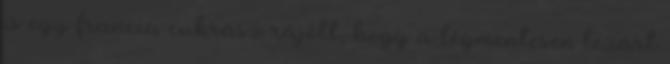
is egy francia cukrász rájött, hogy a légmentesen lezárt